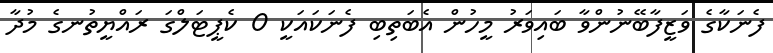
ފެނަކާގެ ވަޒީފާބޭނުންވާ ބައިވަރު މީހުން އެބަތިބި ފެނަކައަކީ 0 ކެޕީޓަލްގަ ރައްޔީތުނގެ މުދާ